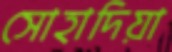
সোহাদিয়া